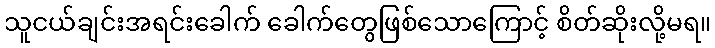
သူငယ်ချင်းအရင်းခေါက် ခေါက်တွေဖြစ်သောကြောင့် စိတ်ဆိုးလို့မရ။